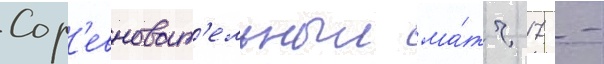
Сор'евноват'ельныи ма́тч 17 -